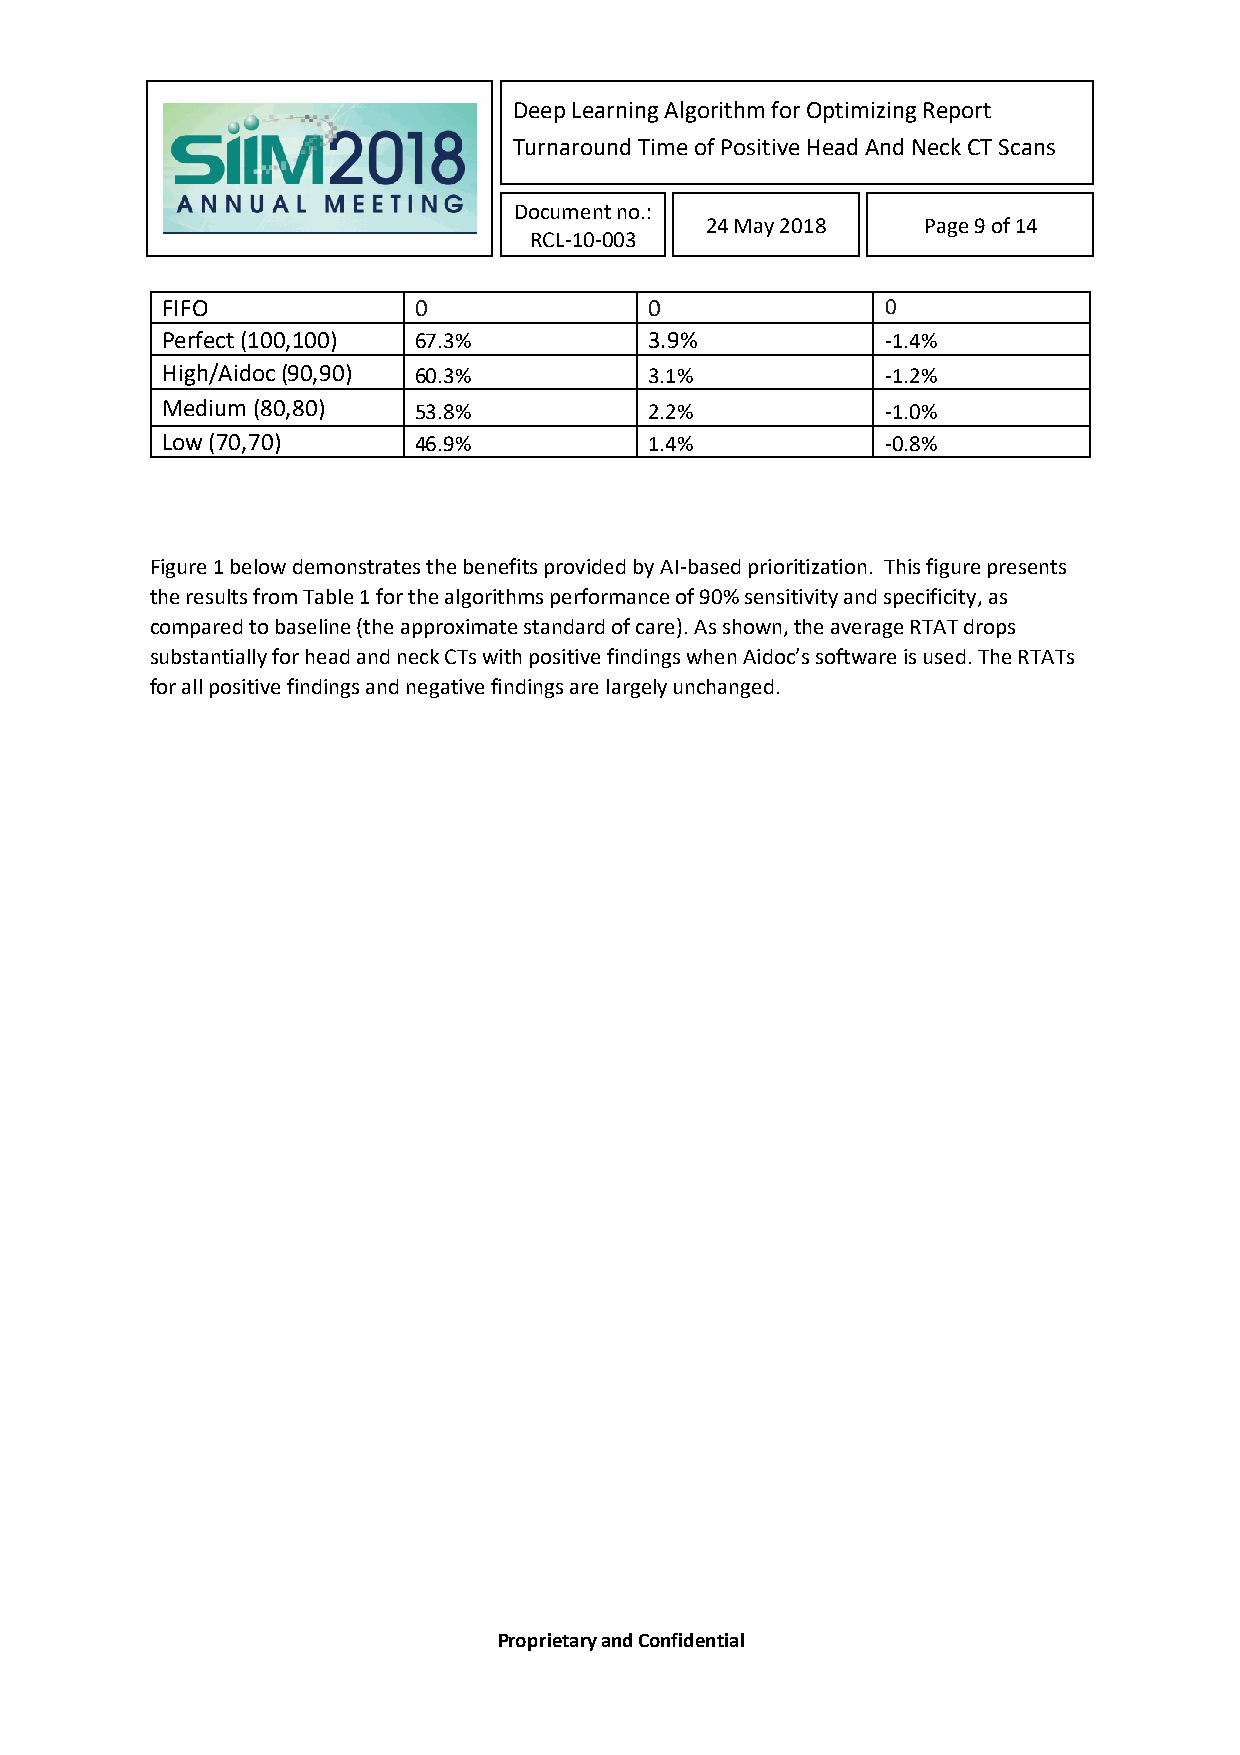
Deep Learning Algorithm for Optimizing Report
 Turnaround Time of Positive Head And Neck CT Scans
 Document no.:
 24 May 2018   Page 9 of 14
 RCL-10-003
 FIFO            0               0               0
 Perfect (100,100) 67.3%         3.9%            -1.4%
 High/Aidoc (90,90) 60.3%        3.1%            -1.2%
 Medium (80,80)  53.8%           2.2%            -1.0%
 Low (70,70)     46.9%           1.4%            -0.8%
 Figure 1 below demonstrates the benefits provided by AI-based prioritization. This figure presents
 the results from Table 1 for the algorithms performance of 90% sensitivity and specificity, as
 compared to baseline (the approximate standard of care). As shown, the average RTAT drops
 substantially for head and neck CTs with positive findings when Aidoc’s software is used. The RTATs
 for all positive findings and negative findings are largely unchanged.
 Proprietary and Confidential